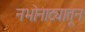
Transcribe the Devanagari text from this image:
नभोनाट्यातून